Lunatic asylums in Bengal annual reports 1888-1898 - 1888-1898
Year: 1888
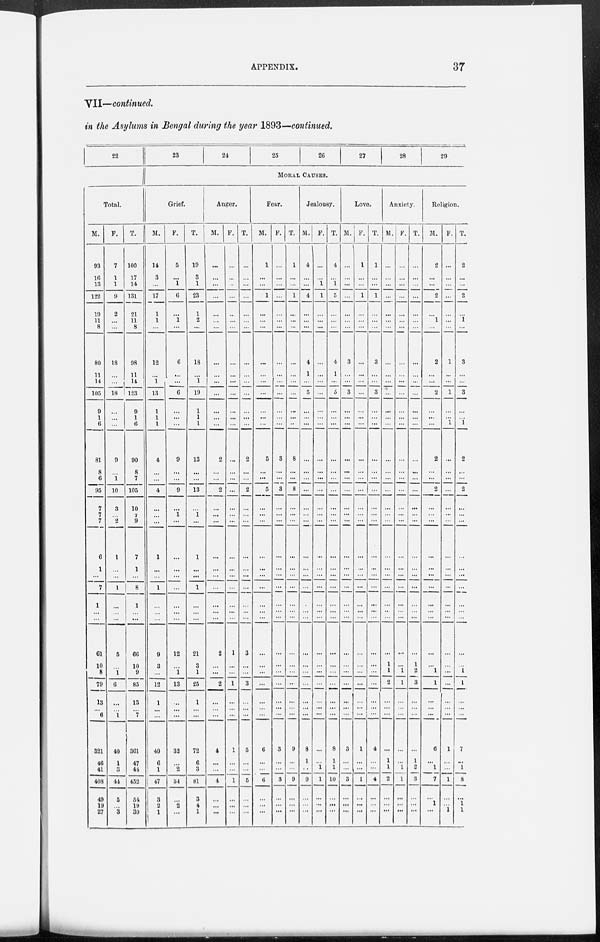
APPENDIX.
37
VII—continued.
in the Asylums in Bengal during the year 1893—continued.
22
Total.
M.
93
16
13
122
19
11
8
80
11
14
105
9
1
6
81
8
6
95
7
7
7
6
1
7
1
61
10
8
79
13
6
321
46
41
...
408
49
19
27
F.
7
1
1
9
2
...
...
18
...
...
18
...
...
...
9
...
1
10
3
...
2
1
...
1
...
5
...
1
6
...
1
40
1
3
...
44
5
...
3
T.
100
17
14
131
21
11
8
98
11
14
123
9
1
6
90
8
7
105
10
7
9
7
1
8
1
66
10
9
85
13
7
361
47
44
...
452
54
19
30
23
24
25
26
27
28
29
MORAL CAUSES.
Grief.
M.
14
3
...
17
1
1
...
12
...
1
13
1
1
1
4
...
...
4
...
...
...
1
...
1
...
9
3
...
12
1
...
40
6
1
...
47
3
...
1
F.
5
...
1
6
...
1
...
6
...
...
6
...
...
...
9
...
...
9
...
1
...
...
...
...
...
12
...
1
13
...
...
32
...
2
...
34
...
2
...
T.
19
3
1
23
1
2
...
18
...
1
19
1
1
1
13
...
...
13
...
1
...
1
...
1
...
21
3
1
25
1
...
72
6
3
...
81
3
4
1
Anger.
M.
...
...
...
...
...
...
...
...
...
...
...
...
...
2
...
...
2
...
...
...
...
...
...
...
2
...
...
2
...
...
4
...
...
...
4
...
...
...
F.
...
...
...
...
...
...
...
...
...
...
...
...
...
...
...
...
...
...
...
...
...
...
...
...
...
1
...
...
1
...
...
1
...
...
... 1
...
...
...
T.
...
...
...
...
...
...
...
...
...
...
...
...
...
...
2
...
2
...
...
...
...
...
...
...
3
...
...
3
...
...
5
...
...
...
5
...
...
...
Fear.
M.
1
...
...
1
...
...
...
...
...
...
...
...
...
...
5
...
...
5
...
...
...
...
...
...
...
...
...
...
...
...
...
6
...
...
... 6
...
...
...
F.
...
...
...
...
...
...
...
...
...
...
...
...
...
...
3
...
...
3
...
...
...
...
...
...
...
...
...
...
...
...
...
3
...
...
... 3
...
...
...
T.
1
...
...
1
...
...
...
...
...
,..
...
...
8
...
...
8
...
...
...
...
...
...
...
...
...
...
...
...
9
...
...
... 9
...
...
...
Jealousy.
M.
4
...
...
4
...
...
...
4
1
...
5
...
...
...
...
...
...
...
...
...
...
...
...
...
...
...
...
...
...
...
...
8
1
...
...
9
...
...
...
F.
...
...
1
1
...
...
...
...
...
...
...
...
...
...
...
...
...
...
...
...
...
...
...
...
...
...
...
...
...
...
...
...
...
1
... 1
...
..
...
T.
4
...
1
5
...
...
...
4
1
...
5
...
...
...
...
...
...
...
...
...
...
...
...
...
...
...
...
...
...
...
...
8
1
1
...
10
...
...
Love.
M.
...
...
...
...
...
...
...
3
...
...
3
...
...
...
...
...
...
...
...
...
...
...
...
...
...
...
...
...
...
...
...
3
...
...
... 3
...
...
...
F.
1
...
...
1
...
...
...
...
...
...
...
...
...
...
...
...
...
...
...
...
...
...
...
...
...
...
...
...
...
...
...
1
...
...
... 1
...
...
...
T.
1
...
...
1
...
...
...
3
...
3
...
...
...
...
...
...
...
...
...
...
...
...
...
...
...
...
...
...
...
...
4
...
...
... 4
...
...
...
Anxiety.
M.
...
...
...
...
...
...
...
...
...
...
...
...
...
...
...
...
...
...
...
...
...
...
...
...
...
...
1
1
2
...
...
...
1
1
...
2
...
...
...
F.
...
...
...
...
...
...
...
...
...
...
...
...
...
...
...
...
...
...
...
...
...
...
...
...
...
...
...
1
1
...
...
...
...
1
... 1
...
...
...
T.
...
...
...
...
...
...
...
...
...
...
...
...
...
...
...
...
...
...
...
...
...
...
...
...
1
2
3
...
...
...
1
2
...
3
...
...
...
Religion.
M.
2
...
...
2
...
1
...
2
...
...
2
...
...
...
2
...
...
2
...
...
...
...
...
...
...
...
...
1
1
...
...
6
...
1
... 7
...
1
...
F.
...
...
...
...
...
...
1
...
...
1
...
...
1
...
...
...
...
...
...
...
...
...
...
...
...
...
...
...
... ...
1
...
...
... 1
...
...
1
T.
2
...
...
2
...
1
...
3
...
3
...
...
1
2
...
...
2
...
...
...
...
...
...
...
...
...
1
1
...
...
7
...
1
...
8
...
1
1